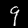
Digit: 9